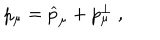
p _ { \mu } = \widehat { p } _ { \mu } + p _ { \mu } ^ { \bot } \; ,